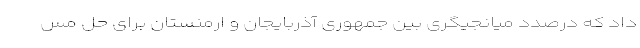
داد که درصدد میانجیگری بین جمهوری آذربایجان و ارمنستان برای حل مس